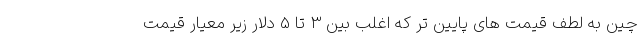
چین به لطف قیمت های پایین تر که اغلب بین 3 تا 5 دلار زیر معیار قیمت